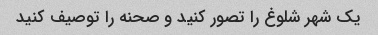
یک شهر شلوغ را تصور کنید و صحنه را توصیف کنید